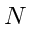
N